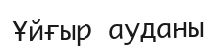
Ұйғыр ауданы